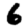
Digit: 6